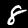
Label: 8